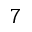
_ 7